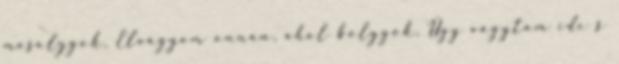
mosolygok, Elvágyom onnan, ahol bolygok, Úgy vágytam ide s